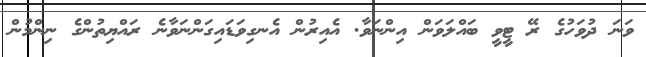
ވަނަ ދުވަހުގެ ރޭ ޓީވީ ބައްލަވަން އިންނަވާ. އެއިރުން އެނގިވަޑައިގަންނަވާނެ ރައްޔިތުންގެ ނިންމުން